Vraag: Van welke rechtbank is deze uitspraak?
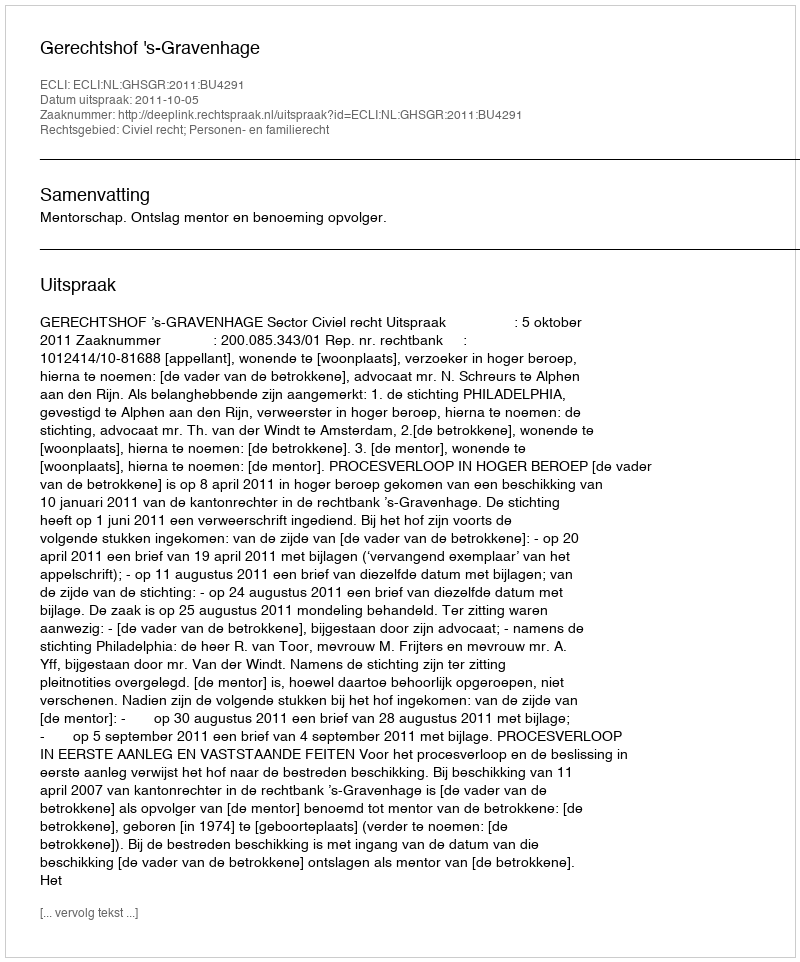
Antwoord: Gerechtshof 's-Gravenhage